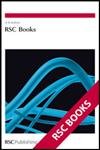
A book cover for Organic Substances in Soil and Water: Natural Constituents and Their Influences on Contaminant Behaviour (Special Publications); K.C. Jones; Crafts, Hobbies & Home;